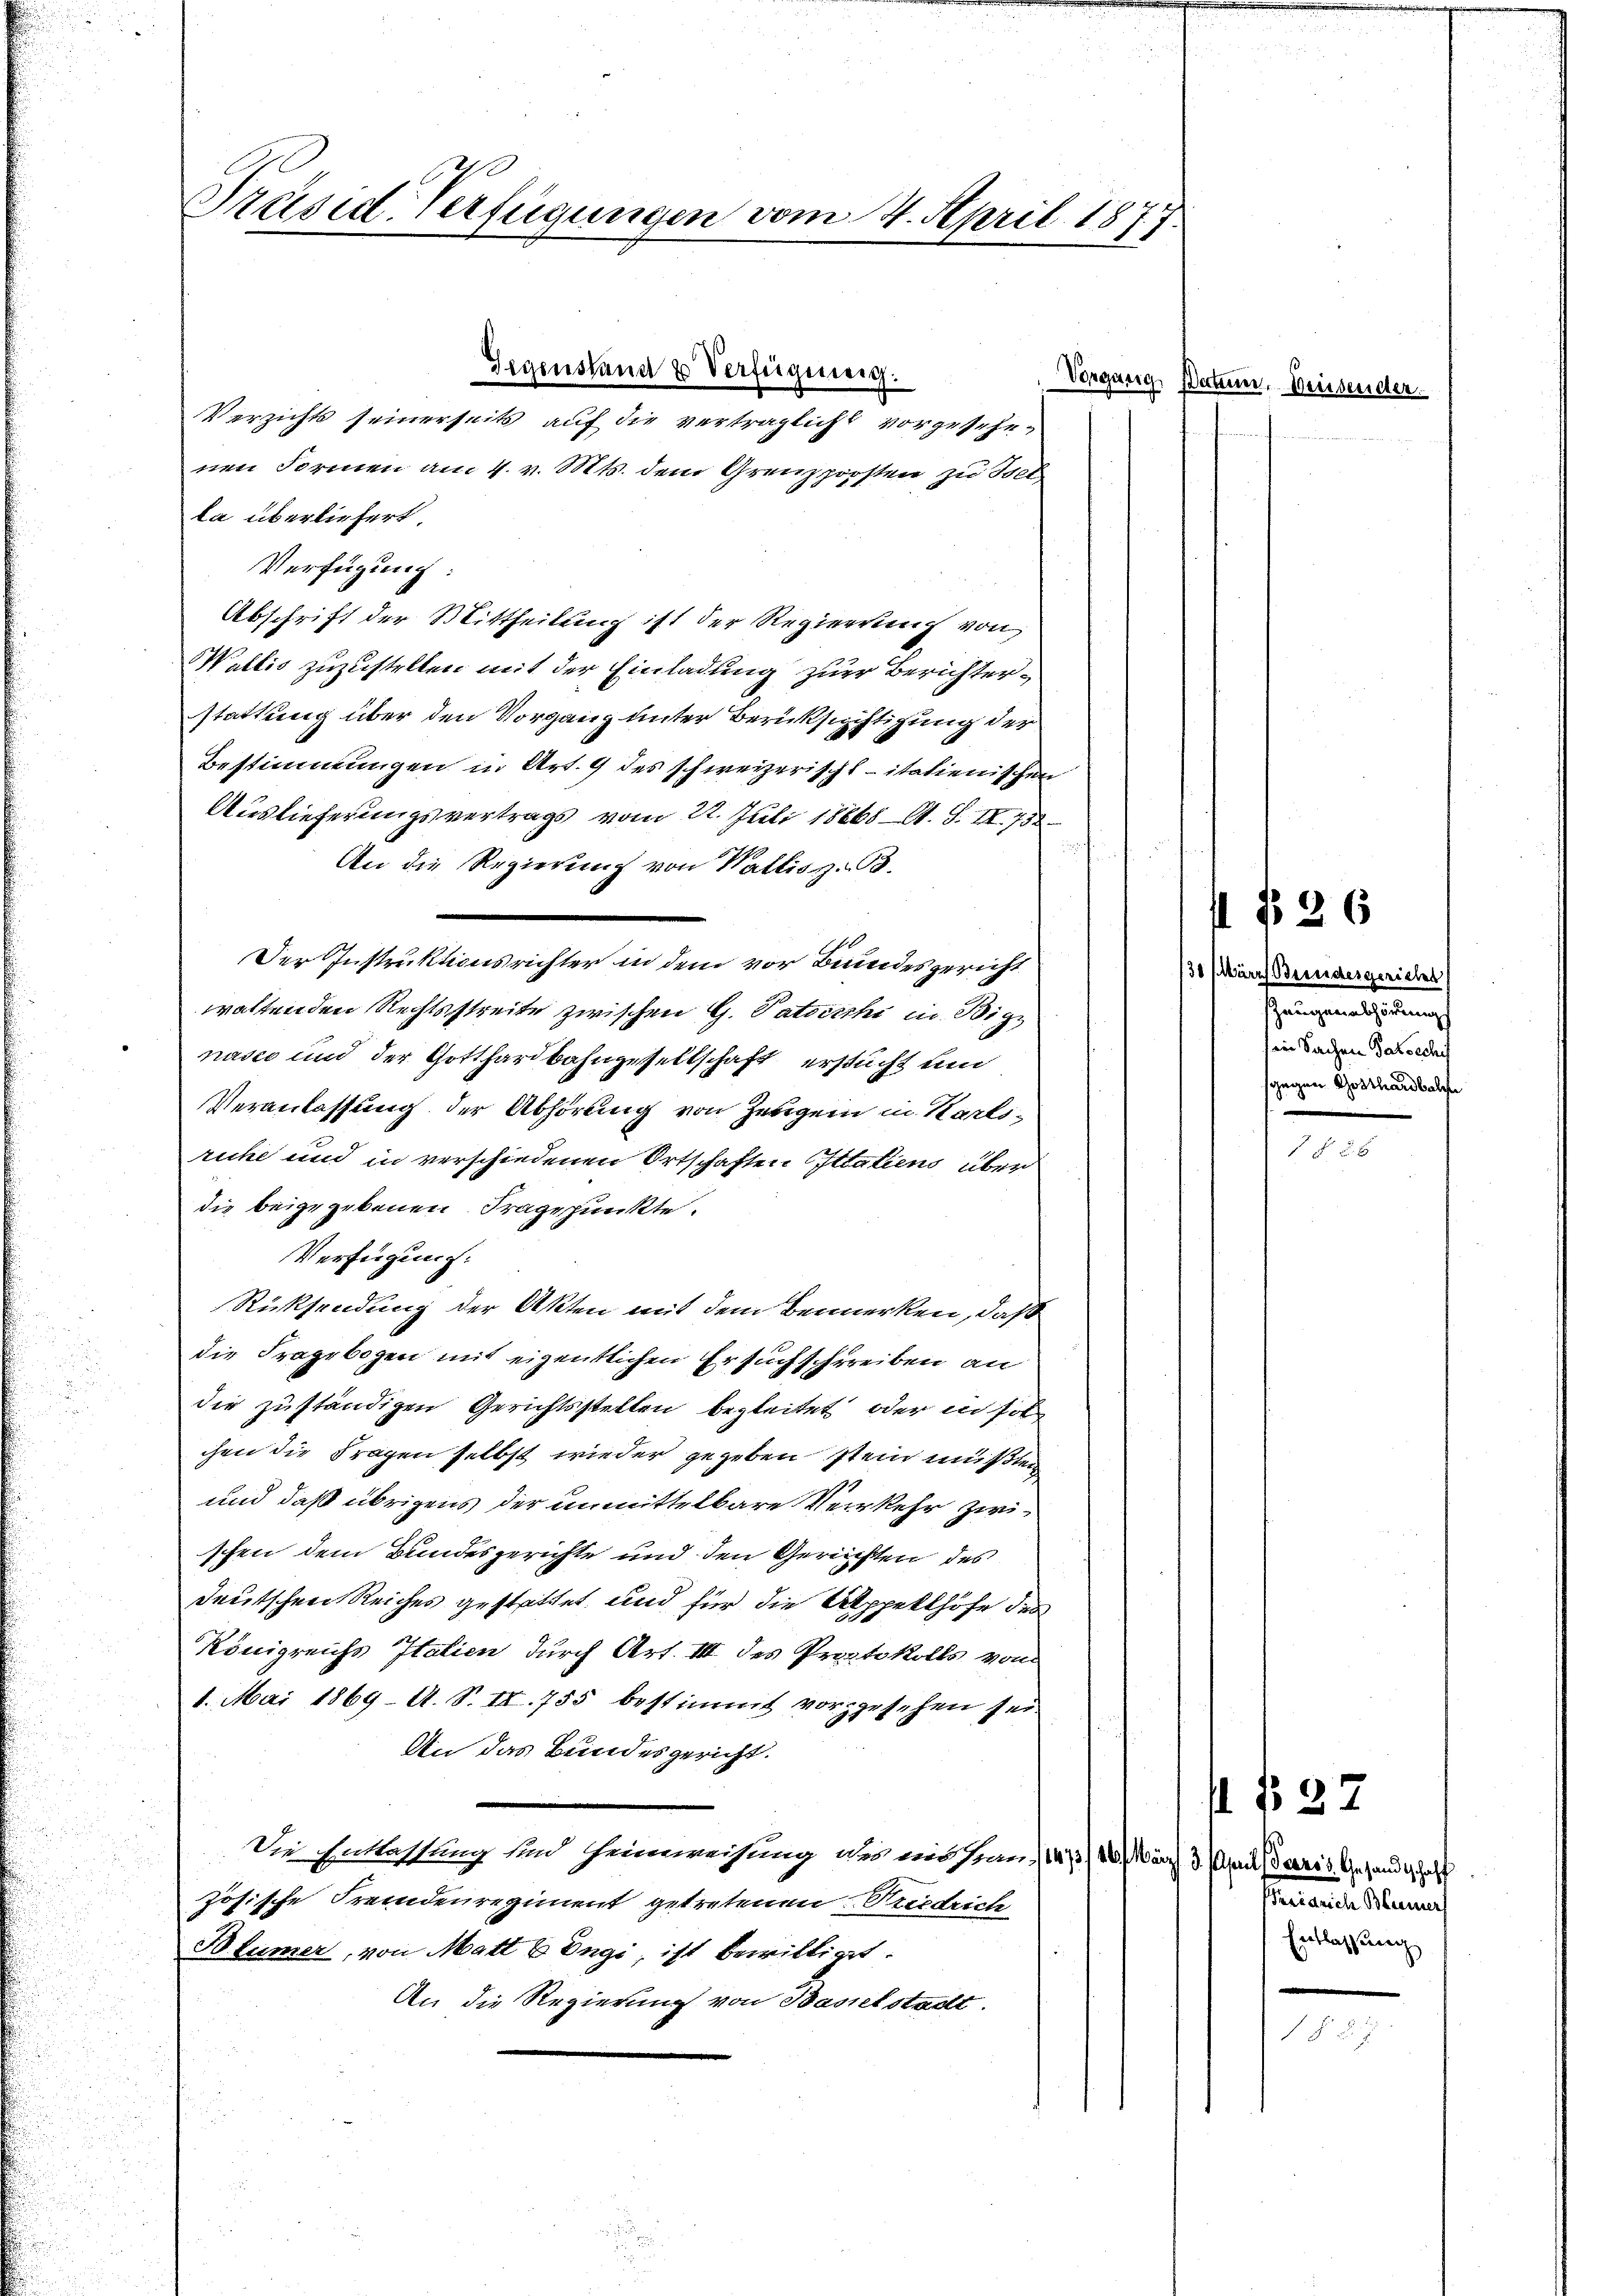
Präsid-Verfügungen vom 4. April 1877.

Gegenstand & Verfügung.
Verzichts seinerseits auf die verträglich vorgesehenen Formen am 4. v. Mts. dem Grenzporsten zu Bet
la überliefert.
Verfügung:
Abschrift der Mittheilung ist der Regierung von
Wallis zuzustellen mit der Einladung zur Berichterstattung über den Vorgang unter Berücksichtigung der
Bestimmungen in Art. 9 des schweizerischt - italienischen
Auslieferungsvertrags vom 22. Juli 18668. A. S. II. 758
ch
An die Regierung von Wallis z. B.
Der Instruktionsrichter in dem vor Bundesgericht
waltenden Rechtsstreite zwischen G. Satischi in Big
nasco und der Gotthardbahngesellschaft ersucht und
Veranlassung der Abhörung von Zeugen in Karlsruhe und in verschiedenen Ortschaften Ittatiens über
die beigegebenen Fragepunkte.
Verfügung:
Rücksendung der Akten mit dem Bemerken, daß
die Fragebogen mit eigentlichen Ersuchschreiben an
die zuständigen Gerichtsstellen begleitet oder in sol
chen die Fragen selbst wieder gegeben stein mußten,
und daß übrigens der unmittelbare Verkehr zwischen dem Bundesgerichte und den Gerichten des
deutschen Reiches gestattet, und für die Appellhöfe des
Königreichs Italien durch Art. III des Protokolls von
1. Mai 1869 - A. S. II. 755 bestimmt vorzgesehen sei
An das Bundesgericht.
Die Entlassung sind Heimweisung des mit hin (147/10. März 3. April, Paris Gesandtschaft
zösische Fremdenregiment getretenen Friedrich
Blümer, von Matt & Engi, ist bewilliget.
An die Regierung von Baselstadt.

Vorgang Natur, Neusender.

130 März Bundergeriches
augenabsöhnung
dein Sachen Patoechis
sgegen Gotthardbalge
n

st § 36

d §. 6

§ 27

seeinrich Blümer,
Entlassung